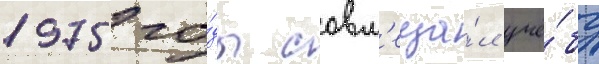
1975 го́ды совм'еща́л учё́бу